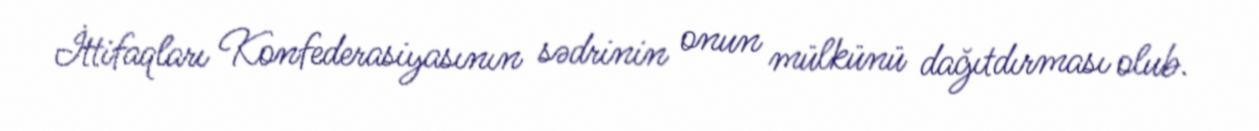
İttifaqları Konfederasiyasının sədrinin onun mülkünü dağıtdırması olub.